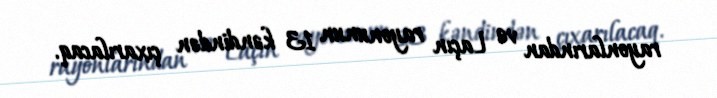
rayonlarından və Laçın rayonunun 13 kəndindən çıxarılacaq.